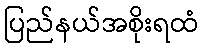
ပြည်နယ်အစိုးရထံ